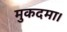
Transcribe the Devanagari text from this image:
मुकदमा।